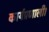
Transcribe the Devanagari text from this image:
कार्यप्रणाली।